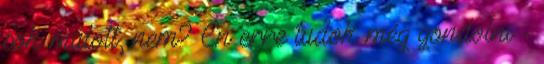
sok múlott, nem? Én erre tudok még gondolni -